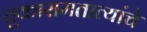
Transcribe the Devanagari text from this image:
तुकारामतात्यांचे